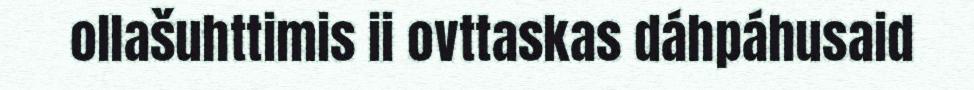
ollašuhttimis ii ovttaskas dáhpáhusaid